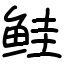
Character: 鲑